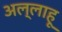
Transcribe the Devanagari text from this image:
अल्लाहू